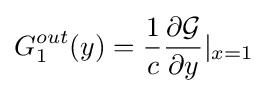
G_{1}^{out}(y)={\frac {1}{c}}{\partial {\mathcal {G}} \over \partial y}\vert _{x=1}